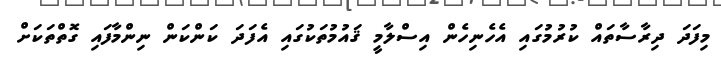
މިފަދަ ދިރާސާތައް ކުރުމުގައި އެހެނިހެން އިސްލާމީ ޤައުމުތަކުގައި އެފަދަ ކަންކަން ނިންމާފައި ގޮތްތަކަށް